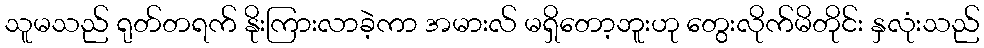
သူမသည် ရုတ်တရက် နိုးကြားလာခဲ့ကာ အမားလ် မရှိတော့ဘူးဟု တွေးလိုက်မိတိုင်း နှလုံးသည်